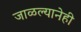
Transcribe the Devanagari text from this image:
जाळल्यानेही